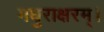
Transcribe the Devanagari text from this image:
मधुराक्षरम्‌।